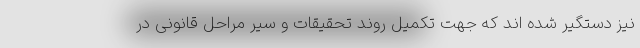
نیز دستگیر شده اند که جهت تکمیل روند تحقیقات و سیر مراحل قانونی در